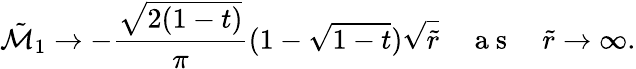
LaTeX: \tilde{\mathcal{M}}_{1}\rightarrow-\frac{\sqrt{2(1-t)}}{\pi}(1-\sqrt{1-t})\sqrt{\tilde{r}}\quad\mathrm{~a~s~}\quad\tilde{r}\rightarrow\infty.